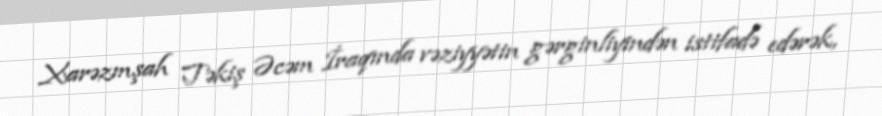
Xarəzmşah Təkiş Əcəm İraqında vəziyyətin gərginliyindən istifadə edərək,